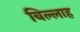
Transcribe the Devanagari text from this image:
बिल्लाह